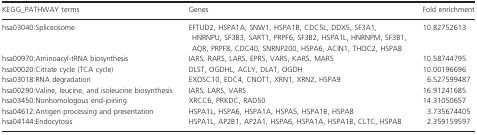
| KEGG_PATHWAY terms | Genes | Fold enrichment |
 | --- | --- | --- |
 | hsa03040:Spliceosome | EFTUD2, HSPA1A, SNW1, HSPA1B, CDC5L, DDX5, SF3A1, HNRNPU, SF3B3, SART1, PRPF6, SF3B2, HSPA1L, HNRNPM, SF3B1, AQR, PRPF8, CDC40, SNRNP200, HSPA6, ACIN1, THOC2, HSPA8 | 10.82752613 |
 | hsa00970:Aminoacyl-tRNA biosynthesis | IARS, RARS, LARS, EPRS, VARS, KARS, MARS | 10.58744795 |
 | hsa00020:Citrate cycle (TCA cycle) | DLST, OGDHL, ACLY, DLAT, OGDH | 10.00196696 |
 | hsa03018:RNA degradation | EXOSC10, EDC4, CNOT1, XRN1, XRN2, HSPA9 | 6.527599487 |
 | hsa00290:Valine, leucine, and isoleucine biosynthesis | IARS, LARS, VARS | 16.91241685 |
 | hsa03450:Nonhomologous end-joining | XRCC6, PRKDC, RAD50 | 14.31050657 |
 | hsa04612:Antigen processing and presentation | HSPA1L, HSPA6, HSPA1A, HSPA5, HSPA1B, HSPA8 | 3.735674405 |
 | hsa04144:Endocytosis | HSPA1L, AP2B1, AP2A1, HSPA6, HSPA1A, HSPA1B, CLTC, HSPA8 | 2.359159597 |